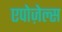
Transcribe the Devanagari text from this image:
एपोज़ेल्स